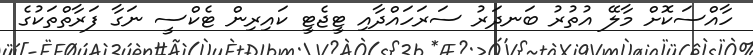
ހާއްސަކޮށް މާލޭ އުތުރު ބަނދަރު ސަރަހައްދާއި ޓީޖެޓީ ކައިރިން ޓެކްސީ ނަގާ ފަރާތްތަކުގެ